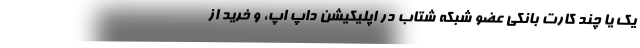
یک یا چند کارت بانکی عضو شبکه شتاب در اپلیکیشن داپ اَپ، و خرید از